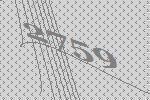
2759